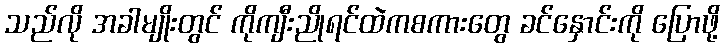
သည်လို အခါမျိုးတွင် ကိုကျီးညိုရင်ထဲကစကားတွေ ခင်နှောင်းကို ပြောဖို့